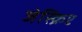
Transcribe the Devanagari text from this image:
जेस्क्रिप्ट